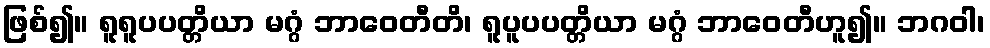
ဖြစ်၍။ ရူရူပပတ္တိယာ မဂ္ဂံ ဘာဝေတီတိ၊ ရူပူပပတ္တိယာ မဂ္ဂံ ဘာဝေတီဟူ၍။ ဘဂဝါ၊